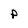
Character: P